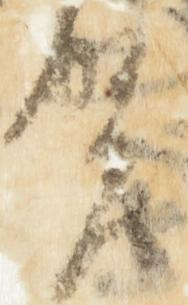
賀